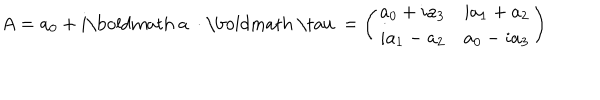
A = a _ { 0 } + i \mathrm { \boldmath ~ a ~ } \cdot \mathrm { \boldmath ~ \ t a u ~ } = \left( \begin{array} { c c } { { a _ { 0 } + i a _ { 3 } } } & { { i a _ { 1 } + a _ { 2 } } } \\ { { i a _ { 1 } - a _ { 2 } } } & { { a _ { 0 } - i a _ { 3 } } } \\ \end{array} \right)